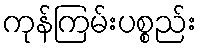
ကုန်ကြမ်းပစ္စည်း